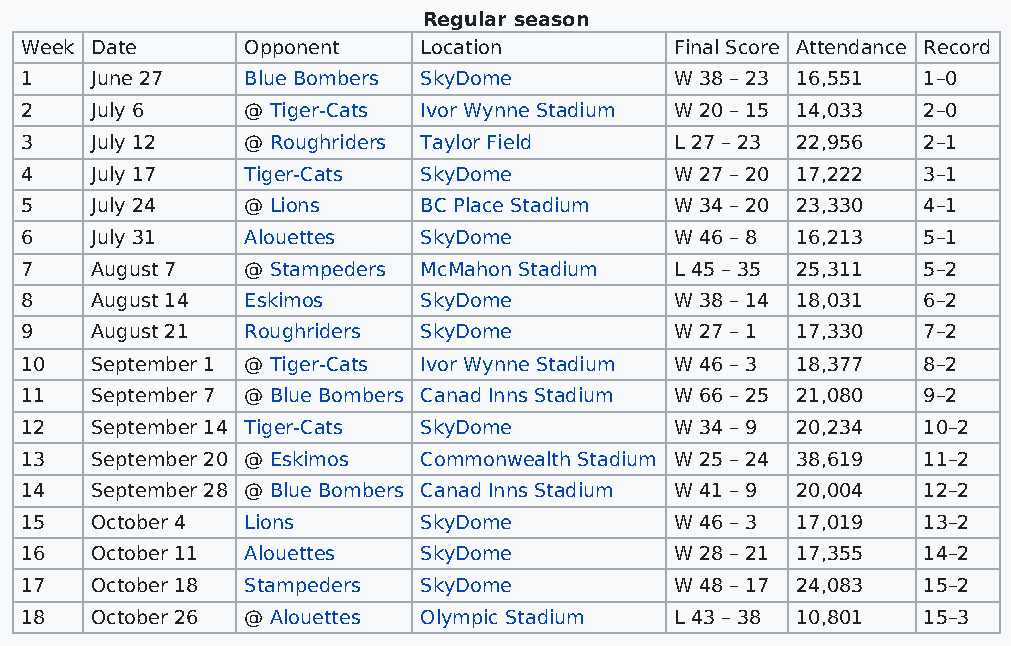
Regular season
 Week Date      Opponent    Location         Final Score Attendance Record
 1    June 27   Blue Bombers SkyDome         W 38 – 23 16,551 1–0
 2    July 6    @ Tiger-Cats Ivor Wynne Stadium W 20 – 15 14,033 2–0
 3    July 12   @ Roughriders Taylor Field   L 27 – 23 22,956 2–1
 4    July 17   Tiger-Cats  SkyDome          W 27 – 20 17,222 3–1
 5    July 24   @ Lions     BC Place Stadium W 34 – 20 23,330 4–1
 6    July 31   Alouettes   SkyDome          W 46 – 8 16,213 5–1
 7    August 7  @ Stampeders McMahon Stadium L 45 – 35 25,311 5–2
 8    August 14 Eskimos     SkyDome          W 38 – 14 18,031 6–2
 9    August 21 Roughriders SkyDome          W 27 – 1 17,330 7–2
 10   September 1 @ Tiger-Cats Ivor Wynne Stadium W 46 – 3 18,377 8–2
 11   September 7 @ Blue Bombers Canad Inns Stadium W 66 – 25 21,080 9–2
 12   September 14 Tiger-Cats SkyDome        W 34 – 9 20,234 10–2
 13   September 20 @ Eskimos Commonwealth Stadium W 25 – 24 38,619 11–2
 14   September 28 @ Blue Bombers Canad Inns Stadium W 41 – 9 20,004 12–2
 15   October 4 Lions       SkyDome          W 46 – 3 17,019 13–2
 16   October 11 Alouettes  SkyDome          W 28 – 21 17,355 14–2
 17   October 18 Stampeders SkyDome          W 48 – 17 24,083 15–2
 18   October 26 @ Alouettes Olympic Stadium L 43 – 38 10,801 15–3